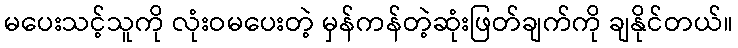
မပေးသင့်သူကို လုံးဝမပေးတဲ့ မှန်ကန်တဲ့ဆုံးဖြတ်ချက်ကို ချနိုင်တယ်။